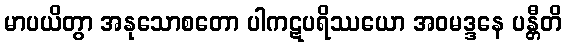
မာပယိတွာ အနုသောစတော ပါကဋပရိဿယော အဝမဒ္ဒနေ ပန္တီတိ